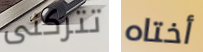
تتركنى أختاه